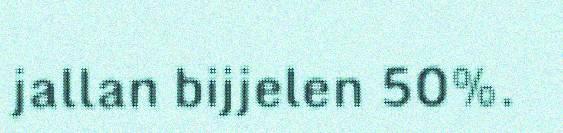
jallan bijjelen 50%.